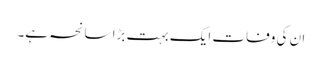
ان کی وفات ایک بہت بڑا سانحہ ہے۔